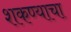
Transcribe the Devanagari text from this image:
शकण्याचा